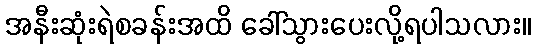
အနီးဆုံးရဲစခန်းအထိ ခေါ်သွားပေးလို့ရပါသလား။